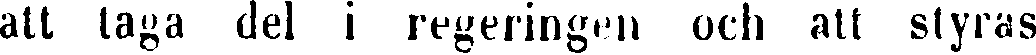
att taga del i regeringen och att styras